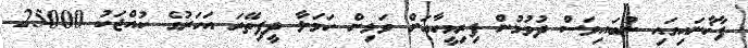
ފާޚާނައިގައި ނުބައިވަސް ދުވުމުން ފިރިމީހާއަށް ވަޅިން ހަމަލާ ދީފިތޭރަ އަހަރުގެ ކުއްޖަކު 25000